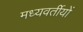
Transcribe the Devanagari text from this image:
मध्यवर्तीयों